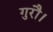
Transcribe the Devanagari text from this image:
गुरौ।